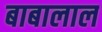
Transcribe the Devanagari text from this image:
बाबालाल